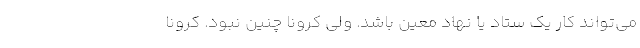
می‌تواند کار یک ستاد یا نهاد معین باشد. ولی کرونا چنین نبود. کرونا